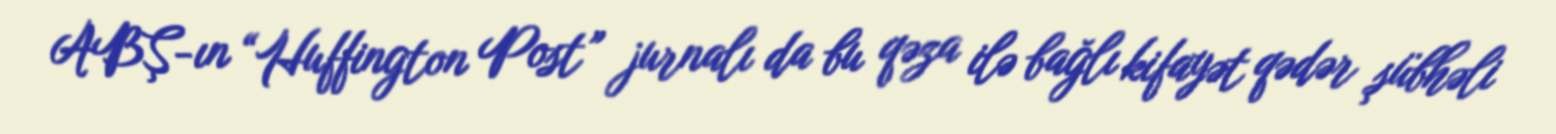
ABŞ-ın “Huffington Post” jurnalı da bu qəza ilə bağlı kifayət qədər şübhəli